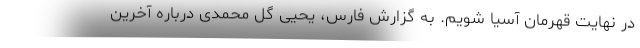
در نهایت قهرمان آسیا شویم. به گزارش فارس، یحیی گل محمدی درباره آخرین